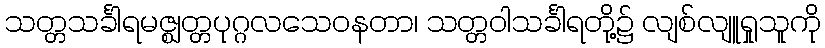
သတ္တသင်္ခါရမဇ္ဈတ္တပုဂ္ဂလသေဝနတာ၊ သတ္တဝါသင်္ခါရတို့၌ လျစ်လျူရှုသူကို